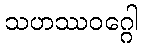
သဟဿဝဂ္ဂေါ